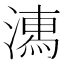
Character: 𣽉